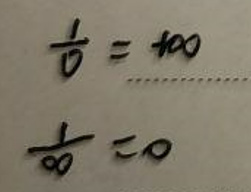
\[
\frac{1}{0} = \infty \quad \cdots \quad \frac{1}{\infty} = 0
\]